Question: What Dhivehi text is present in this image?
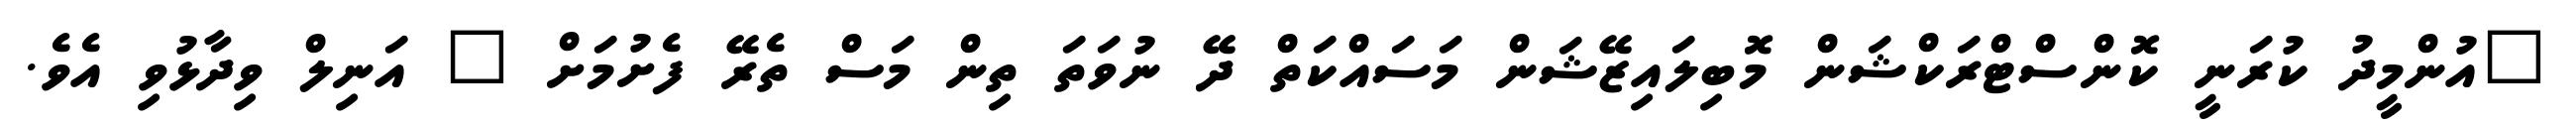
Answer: "އުންމީދު ކުރަނީ ކޮންސްޓްރަކްޝަން މޮބިލައިޒޭޝަން މަސައްކަތް ދޭ ނުވަތަ ތިން މަސް ތެރޭ ފެށުމަށް " އަނިލް ވިދާޅުވި އެވެ.